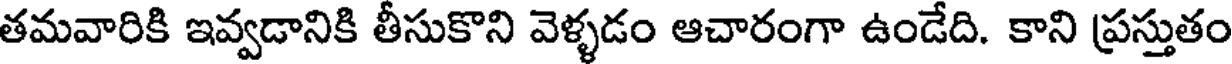
తమవారికి ఇవ్వడానికి తీసుకొని వెళ్ళడం ఆచారంగా ఉండేది. కాని ప్రస్తుతం